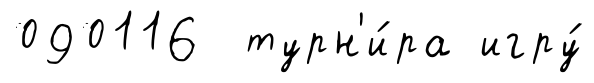
090116 турн'и́ра игру́